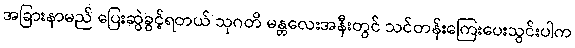
အခြားနာမည် ပြေးဆွဲခွင့်ရတယ် သုဂတိ မန္တလေးအနီးတွင် သင်တန်းကြေးပေးသွင်းပါက